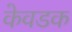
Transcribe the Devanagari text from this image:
केवडक